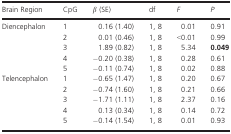
<table><thead><tr><td><b>Brain Region</b></td><td><b>CpG</b></td><td><b><i>β</i> (SE)</b></td><td><b>df</b></td><td><b><i>F</i></b></td><td><b><i>P</i></b></td></tr></thead><tbody><tr><td rowspan="5">Diencephalon</td><td>1</td><td>0.16 (1.40)</td><td>1, 8</td><td>0.01</td><td>0.91</td></tr><tr><td>2</td><td>0.01 (0.46)</td><td>1, 8</td><td>&lt;0.01</td><td>0.99</td></tr><tr><td>3</td><td>1.89 (0.82)</td><td>1, 8</td><td>5.34</td><td><b>0.049</b></td></tr><tr><td>4</td><td>−0.20 (0.38)</td><td>1, 8</td><td>0.28</td><td>0.61</td></tr><tr><td>5</td><td>−0.11 (0.74)</td><td>1, 8</td><td>0.02</td><td>0.88</td></tr><tr><td rowspan="5">Telencephalon</td><td>1</td><td>−0.65 (1.47)</td><td>1, 8</td><td>0.20</td><td>0.67</td></tr><tr><td>2</td><td>−0.74 (1.60)</td><td>1, 8</td><td>0.21</td><td>0.66</td></tr><tr><td>3</td><td>−1.71 (1.11)</td><td>1, 8</td><td>2.37</td><td>0.16</td></tr><tr><td>4</td><td>0.13 (0.34)</td><td>1, 8</td><td>0.14</td><td>0.72</td></tr><tr><td>5</td><td>−0.14 (1.54)</td><td>1, 8</td><td>0.01</td><td>0.93</td></tr></tbody></table>